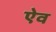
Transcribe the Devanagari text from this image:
ऐव